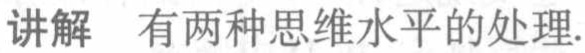
讲解 有两种思维水平的处理.